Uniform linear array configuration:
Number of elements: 64
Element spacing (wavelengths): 0.25
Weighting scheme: kaiser
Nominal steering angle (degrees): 45
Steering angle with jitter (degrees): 44.16
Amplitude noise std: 0.05
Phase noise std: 0.05

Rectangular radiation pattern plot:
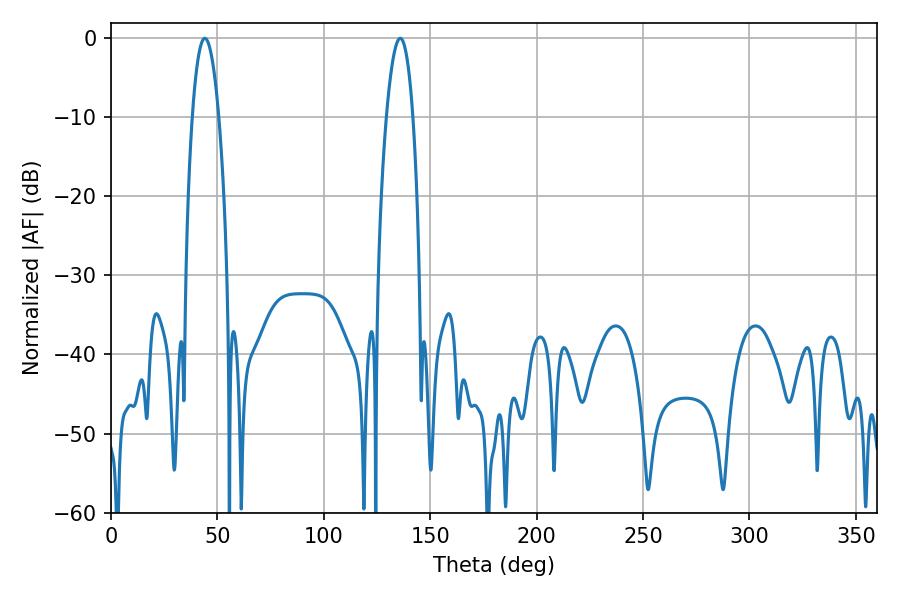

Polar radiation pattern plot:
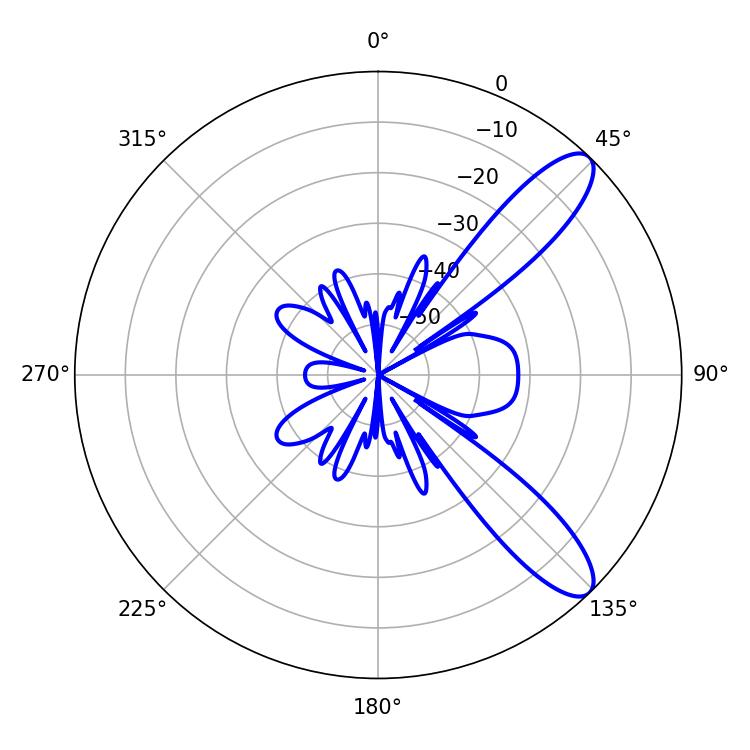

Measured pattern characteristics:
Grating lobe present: FALSE
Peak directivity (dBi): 10.448
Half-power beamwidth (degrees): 7.02
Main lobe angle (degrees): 44.1